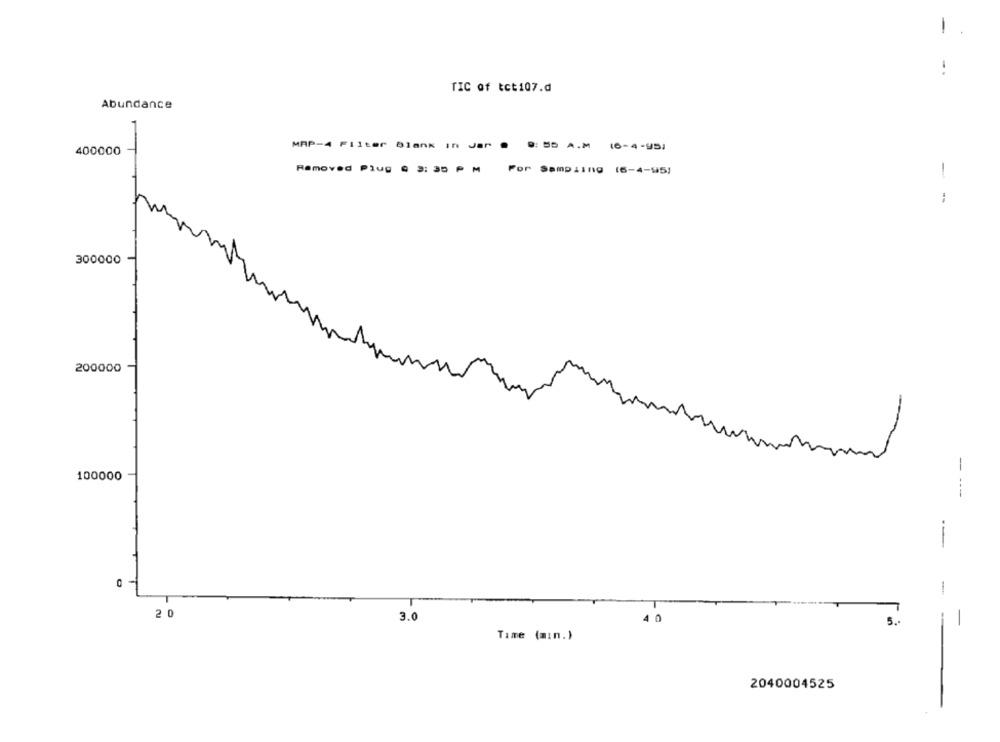
-
TIC of tct107.d
Abundance
MAP-4 Filter Blank in Jar .
9: 55 A.M. (6-4 -95)
400000
Removed Plug @ 3: 35 PM
For Sampling (6-4-95)
--
300000
200000
-
100000
2 0
3.0
4 0
5.
Time (min.)
2040004525